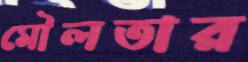
মৌলতার